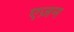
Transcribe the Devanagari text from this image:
एज़न